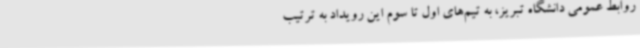
روابط عمومی دانشگاه تبریز، به تیم‌های اول تا سوم این رویداد به ترتیب